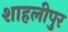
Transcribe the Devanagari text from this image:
शाहलीपुर